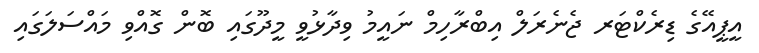
އީޕީއޭގެ ޑިރެކްޓަރ ޖެނެރަލް އިބްރާހިމް ނައީމު ވިދާޅުވީ މީދޫގައި ބޮން ގޮއްވި މައްސަލަގައި